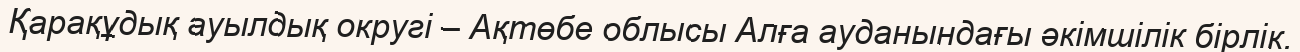
Қарақұдық ауылдық округі – Ақтөбе облысы Алға ауданындағы әкімшілік бірлік.